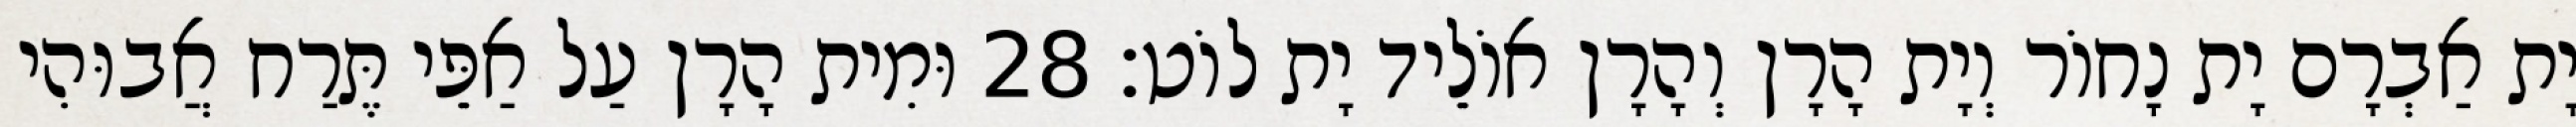
יָת אַבְרָם יָת נָחוֹר וְיָת הָרָן וְהָרָן אוֹלֵיד יָת לוֹט׃ 28 וּמִית הָרָן עַל אַפֵּי תֶּרַח אֲבוּהִי